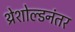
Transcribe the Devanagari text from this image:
थ्रेशोल्डनंतर